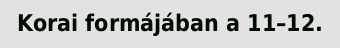
Korai formájában a 11–12.